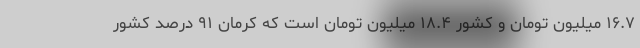
۱۶.۷ میلیون تومان و کشور ۱۸.۴ میلیون تومان است که کرمان ۹۱ درصد کشور